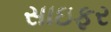
સાઇફર